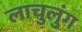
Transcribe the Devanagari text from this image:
लाचुलुंग